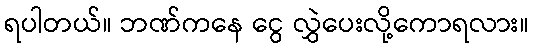
ရပါတယ်။ ဘဏ်ကနေ ငွေ လွှဲပေးလို့ကောရလား။